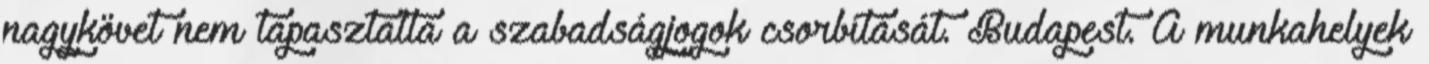
nagykövet nem tapasztalta a szabadságjogok csorbítását. Budapest. A munkahelyek